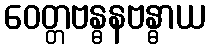
ဝေတ္တဗန္ဓနဗန္ဓာယ